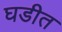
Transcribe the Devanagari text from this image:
घडीत